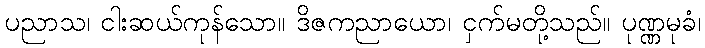
ပညာသ၊ ငါးဆယ်ကုန်သော။ ဒိဇကညာယော၊ ငှက်မတို့သည်။ ပုဏ္ဏမုခံ၊